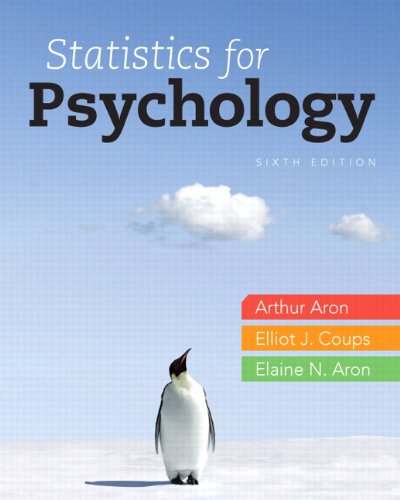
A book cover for Statistics for Psychology, 6th Edition; Arthur Aron Ph.D.; Medical Books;